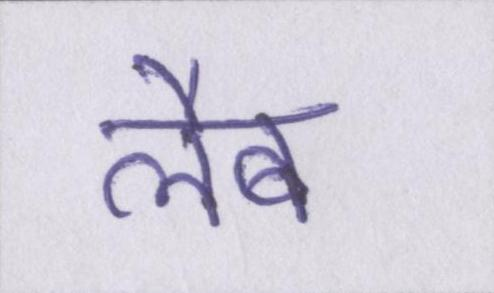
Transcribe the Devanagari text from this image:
लैब